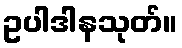
ဥပါဒါနသုတ်။